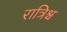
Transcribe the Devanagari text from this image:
रात्रिश्च